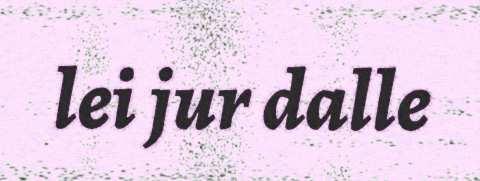
lei jur dalle